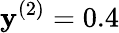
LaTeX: \mathbf{y}^{(2)}=0.4